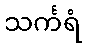
သင်္ကရံ